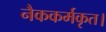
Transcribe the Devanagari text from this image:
नैककर्मकृत।